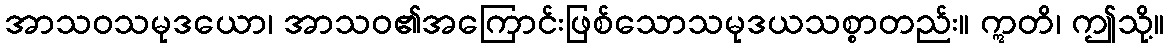
အာသဝသမုဒယော၊ အာသဝ၏အကြောင်းဖြစ်သောသမုဒယသစ္စာတည်း။ ဣတိ၊ ဤသို့။